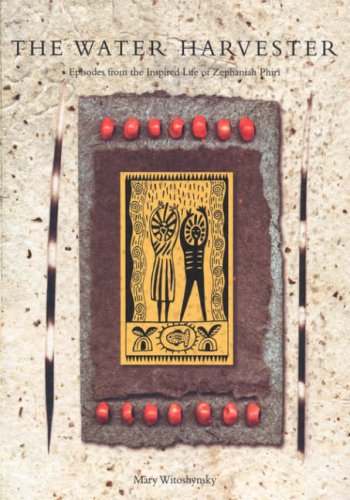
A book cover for The Water Harvester; Mary Witoshynsky; Science & Math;